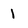
Character: 1